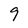
Character: 9